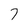
Character: 7